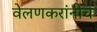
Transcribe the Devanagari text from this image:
वेलणकरांनीच